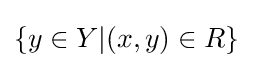
\lbrace y\in Y|(x,y)\in R\rbrace